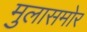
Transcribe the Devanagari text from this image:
मुलासमोर